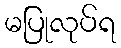
မပြုလုပ်ရ